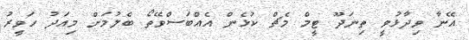
އޭނާ ވިދާޅުވީ ތިނަދޫ ޓީމް މެޗް ކުޅެން އެއްބަސްވޭތޯ ބެލުމަށް މިއަދު ހަވީރު